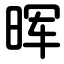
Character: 晖